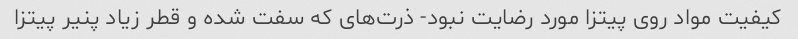
کیفیت مواد روی پیتزا مورد رضایت نبود- ذرت‌های که سفت شده و قطر زیاد پنیر پیتزا